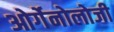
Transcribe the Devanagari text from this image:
ओर्गेनोलोजी